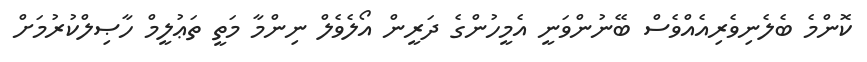
ކޮންމެ ބެލެނިވެރިއެއްވެސް ބޭނުންވަނީ އެމީހުންގެ ދަރީން އޯލެވެލް ނިންމާ މަތީ ތަޢުލީމް ހާޞިލްކުރުމަށް